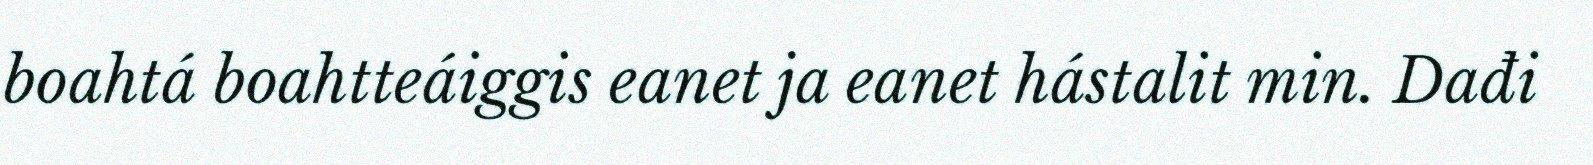
boahtá boahtteáiggis eanet ja eanet hástalit min. Dađi